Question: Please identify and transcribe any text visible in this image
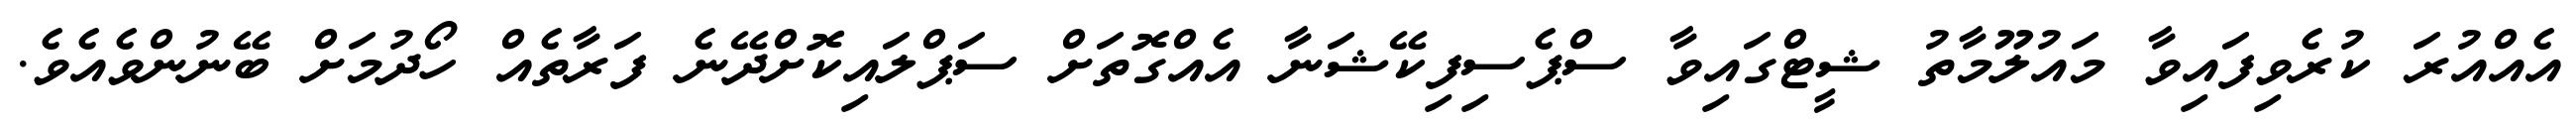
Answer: އެއްއުރަ ކުރެވިފައިވާ މައުލޫމާތު ޝީޓްގައިވާ ސްޕެސިފިކޭޝަނާ އެއްގޮތަށް ސަޕްލައިކޮށްދޭނެ ފަރާތެއް ހޯދުމަށް ބޭނުންވެއެވެ.